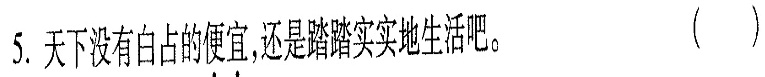
5.天下没有白占的便宜还是踏踏实实地生活吧。（）